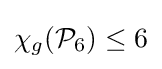
\chi _{g}({\mathcal {P}}_{6})\leq 6